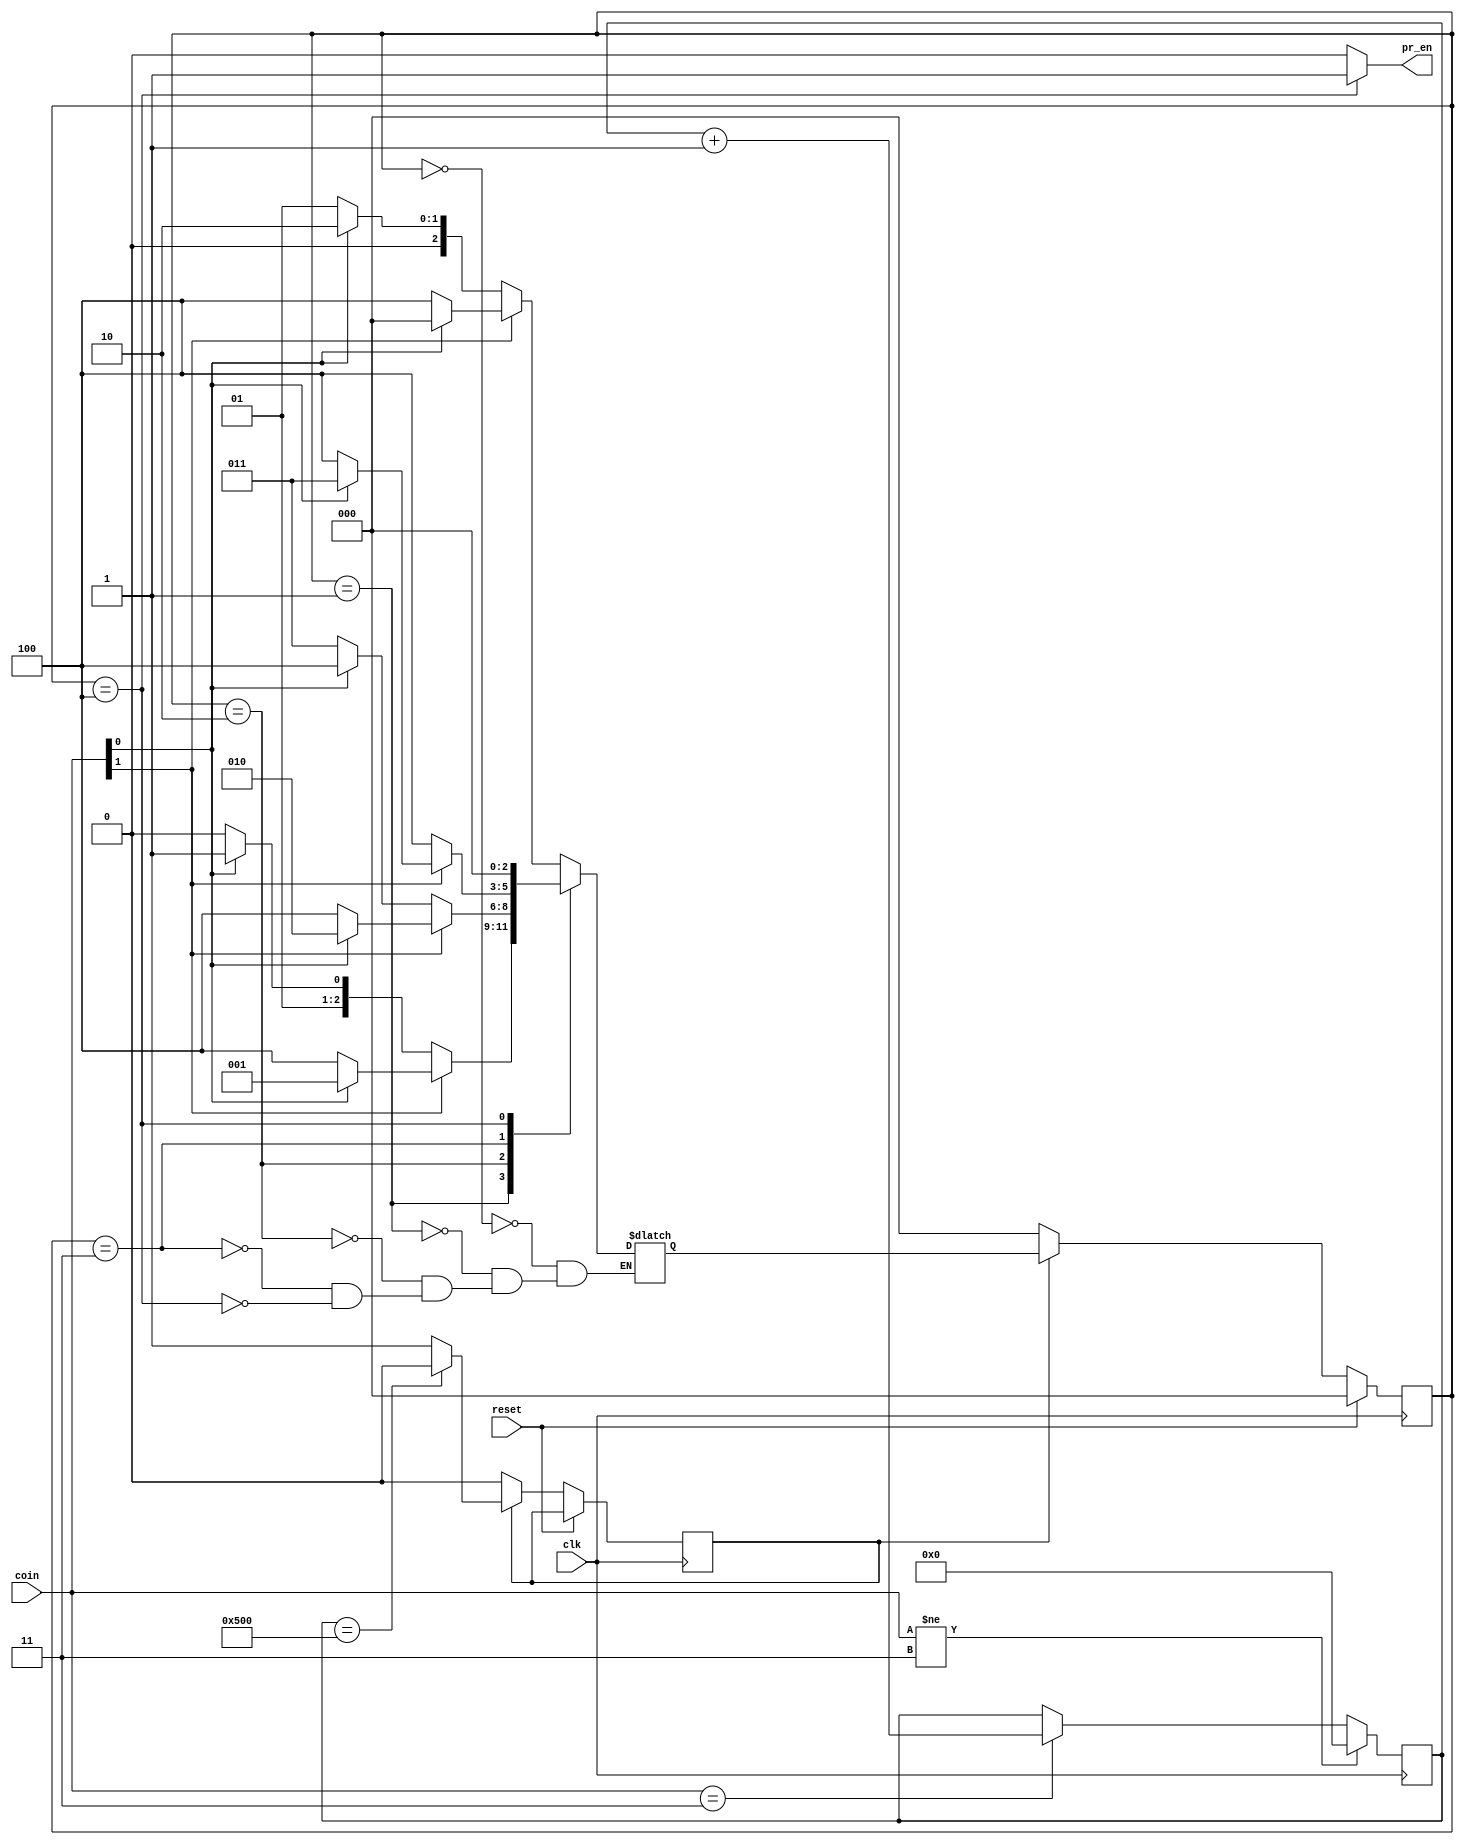
module vending(input clk,reset,input [1:0]coin, output pr_en);
reg s;
reg [10:0] count;
parameter s0 = 3'b000, s25 = 3'b001, s50 = 3'b010, s75 = 3'b011, s100 = 3'b100;
reg [2:0] state , next_state;

always@(*)begin
    case(state)
    s0 : next_state = coin[1] ? (coin [0] ? s0 : s100) : (coin [0] ? s50 : s25) ;
    s25 : next_state =  coin[1] ? (coin [0] ?  s25 :  s100) : (coin [0] ?  s75 :  s50) ;
    s50 :next_state =  coin[1] ? (coin [0] ?  s50 :  s100) : (coin [0] ?  s100 :  s75) ;
    s75 : next_state = coin[1] ? (coin [0] ?  s75 :  s100) : (coin [0] ?  s100 :  s100) ;
    s100 : next_state = s0;

    endcase
end

always@(posedge clk)begin
    if(reset) state <= s0;
    else if(!s) state <= s0;
    else begin
        state<= next_state;
        if(count == 11'd1280) s <= 1'b0;
        else s <= 1'b1;
    end 
end

always@(posedge clk)begin
    if(coin != 2'b11) count <= 11'd0;
    else if(coin == 2'b11)begin
        count <= count + 1'b1;
    end
end

assign pr_en = (state == s100) ? 1 : 0;
endmodule